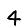
Digit: 4